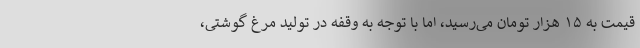
قیمت به ۱۵ هزار تومان می‌رسید، اما با توجه به وقفه در تولید مرغ گوشتی،